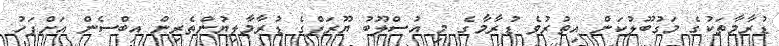
ޑުރާމާތަކުގެ މަގުބޫލުކަން އިތުރުވެ ޑުރާމާގެ މި އުސްލޫބު ޔޫރަޕްގެ ޑުރާމާލިޔުންތެރިން އިބްސެން އަށްފަހު